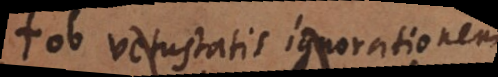
ob vetustatis ignorationem